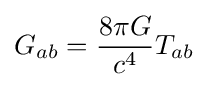
G_{ab}={\frac {8\pi G}{c^{4}}}T_{ab}